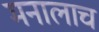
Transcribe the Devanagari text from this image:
मनालाच